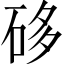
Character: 𥒥